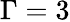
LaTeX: \Gamma=3